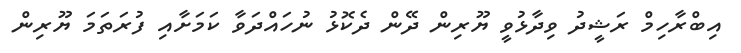
އިބްރާހިމް ރަޝީދު ވިދާޅުވީ ޔޫރިން ދޭން ދެކޮޅު ނުހައްދަވާ ކަމަށާއި ފުރަތަމަ ޔޫރިން